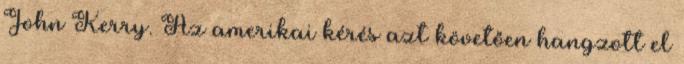
John Kerry. Az amerikai kérés azt követően hangzott el